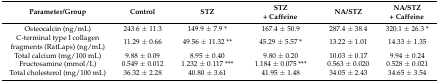
<table><thead><tr><td><b>Parameter/Group</b></td><td><b>Control</b></td><td><b>STZ</b></td><td><b>STZ+ Caffeine</b></td><td><b>NA/STZ</b></td><td><b>NA/STZ+ Caffeine</b></td></tr></thead><tbody><tr><td>Osteocalcin (ng/mL)</td><td>243.6 ± 11.3</td><td>149.9 ± 7.9 *</td><td>167.4 ± 50.9</td><td>287.4 ± 38.4</td><td>320.1 ± 26.3 *</td></tr><tr><td>C-terminal type I collagen fragments (RatLaps) (ng/mL)</td><td>11.29 ± 0.66</td><td>49.56 ± 11.32 **</td><td>45.29 ± 5.57 *</td><td>13.22 ± 1.01</td><td>14.33 ± 1.35</td></tr><tr><td>Total calcium (mg/100 mL)</td><td>9.88 ± 0.09</td><td>8.95 ± 0.40</td><td>9.80 ± 0.20</td><td>10.03 ± 0.17</td><td>9.94 ± 0.24</td></tr><tr><td>Fructosamine (mmol/L)</td><td>0.549 ± 0.012</td><td>1.232 ± 0.117 ***</td><td>1.184 ± 0.075 ***</td><td>0.563 ± 0.020</td><td>0.528 ± 0.021</td></tr><tr><td>Total cholesterol (mg/100 mL)</td><td>36.32 ± 2.28</td><td>40.80 ± 3.61</td><td>41.95 ± 1.48</td><td>34.05 ± 2.43</td><td>34.65 ± 3.54</td></tr></tbody></table>